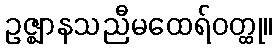
ဥဇ္ဈာနသညီမထေရ်ဝတ္ထု။